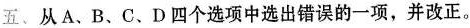
五、从 A 、B、 C、D四个选项中选出错误的一项,并改正。